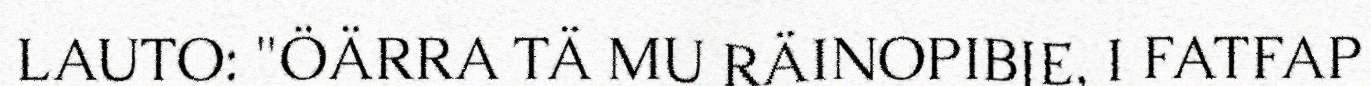
LAUTO: "ÖÄRRA TÄ MU RÄINOPIBJE, I FATFAP